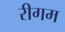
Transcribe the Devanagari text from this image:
रीगम